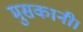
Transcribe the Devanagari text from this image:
मुसकानी।